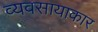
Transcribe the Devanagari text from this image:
व्यवसायाकार